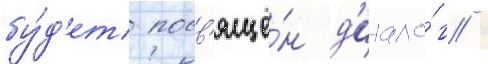
бу́д'ет посв'ящё́н д'иало́г /